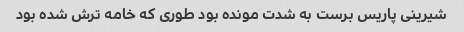
شیرینی پاریس برست به شدت مونده بود طوری که خامه ترش شده بود